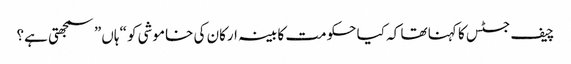
چیف جسٹس کا کہنا تھا کہ کیا حکومت کابینہ ارکان کی خاموشی کو “ہاں” سمجھتی ہے؟